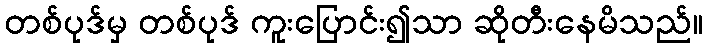
တစ်ပုဒ်မှ တစ်ပုဒ် ကူးပြောင်း၍သာ ဆိုတီးနေမိသည်။